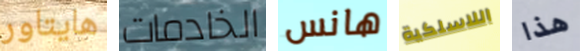
هايتاور الخادمات هانس اللاسلكية هذا